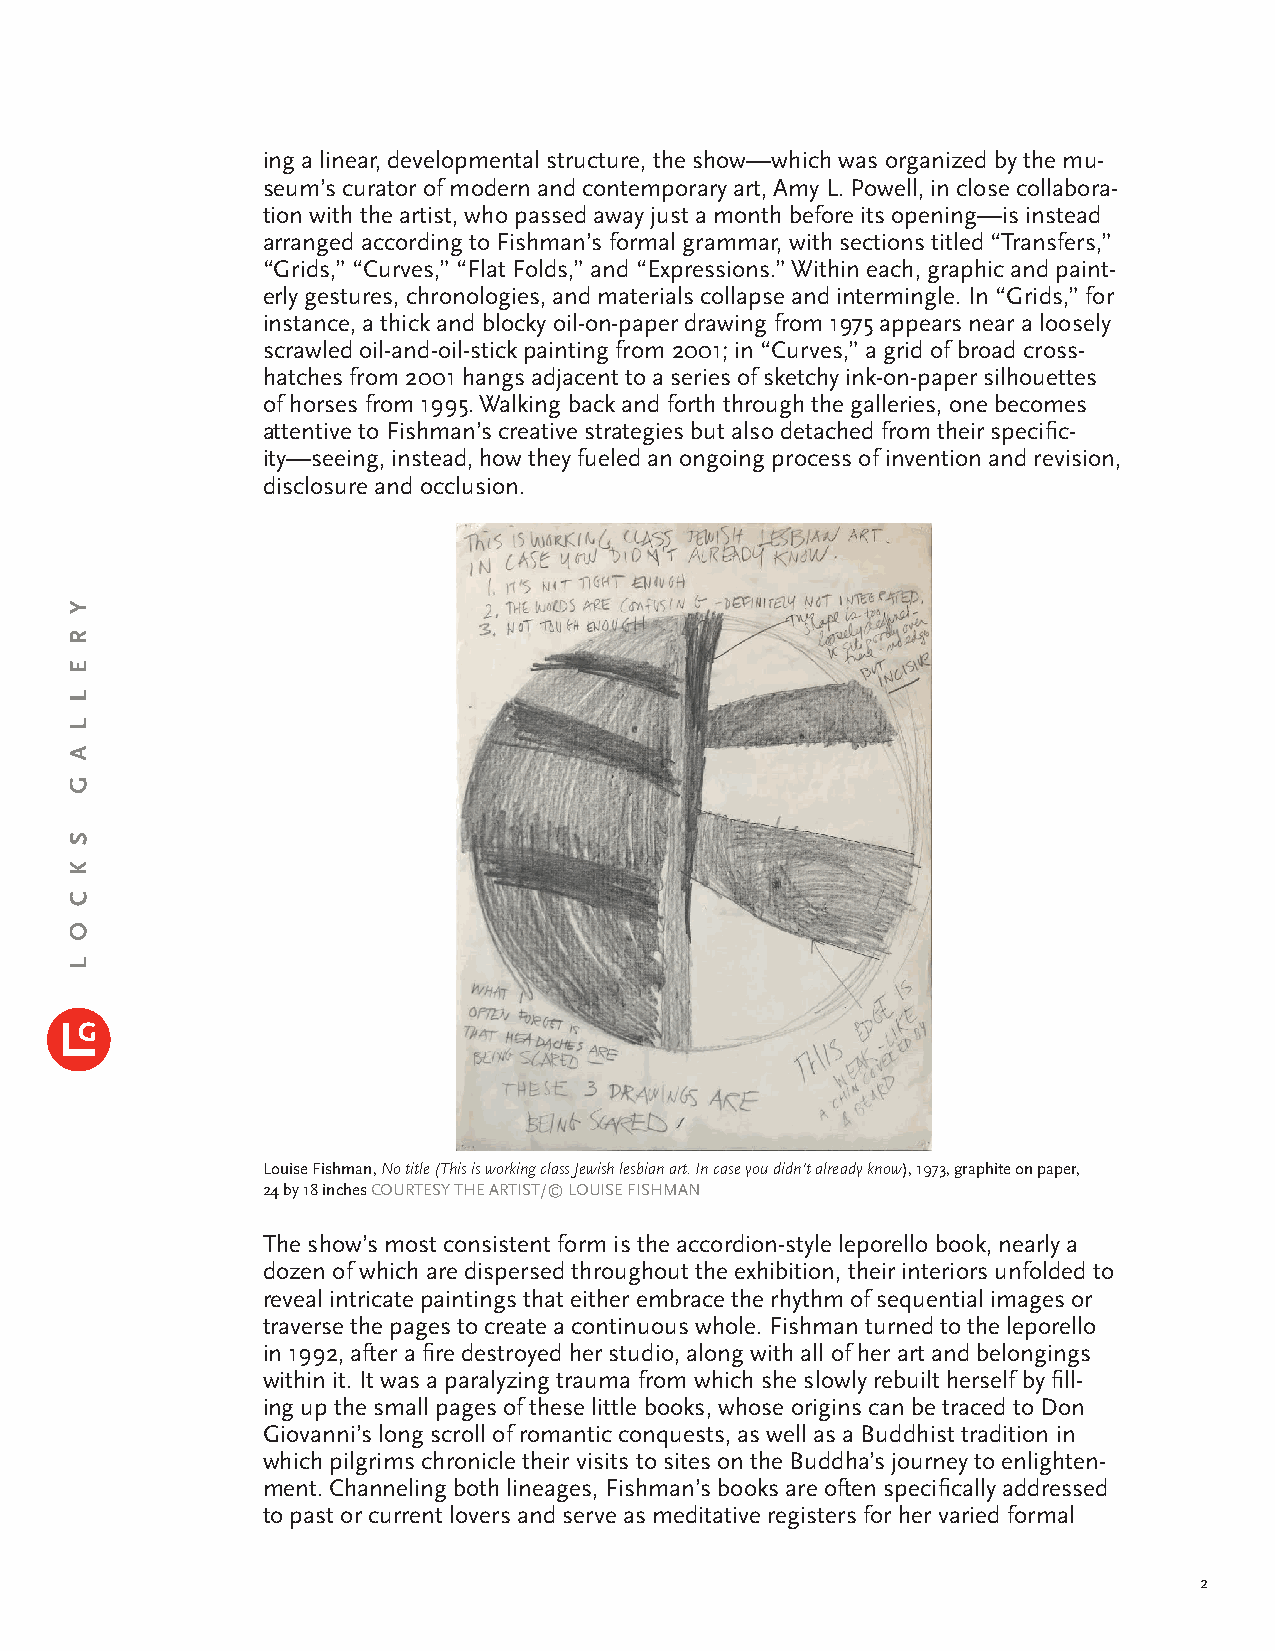
ing a linear, developmental structure, the show—which was organized by the mu-
 seum’s curator of modern and contemporary art, Amy L. Powell, in close collabora-
 tion with the artist, who passed away just a month before its opening—is instead
 arranged according to Fishman’s formal grammar, with sections titled “Transfers,”
 “Grids,” “Curves,” “Flat Folds,” and “Expressions.” Within each, graphic and paint-
 erly gestures, chronologies, and materials collapse and intermingle. In “Grids,” for
 instance, a thick and blocky oil-on-paper drawing from 1975 appears near a loosely
 scrawled oil-and-oil-stick painting from 2001; in “Curves,” a grid of broad cross-
 hatches from 2001 hangs adjacent to a series of sketchy ink-on-paper silhouettes
 of horses from 1995. Walking back and forth through the galleries, one becomes
 attentive to Fishman’s creative strategies but also detached from their specific-
 ity—seeing, instead, how they fueled an ongoing process of invention and revision,
 disclosure and occlusion.
 Louise Fishman, No title (This is working class Jewish lesbian art. In case you didn’t already know), 1973, graphite on paper,
 24 by 18 inches COURTESY THE ARTIST/© LOUISE FISHMAN
 The show’s most consistent form is the accordion-style leporello book, nearly a
 dozen of which are dispersed throughout the exhibition, their interiors unfolded to
 reveal intricate paintings that either embrace the rhythm of sequential images or
 traverse the pages to create a continuous whole. Fishman turned to the leporello
 in 1992, after a fire destroyed her studio, along with all of her art and belongings
 within it. It was a paralyzing trauma from which she slowly rebuilt herself by fill-
 ing up the small pages of these little books, whose origins can be traced to Don
 Giovanni’s long scroll of romantic conquests, as well as a Buddhist tradition in
 which pilgrims chronicle their visits to sites on the Buddha’s journey to enlighten-
 ment. Channeling both lineages, Fishman’s books are often specifically addressed
 to past or current lovers and serve as meditative registers for her varied formal
 2